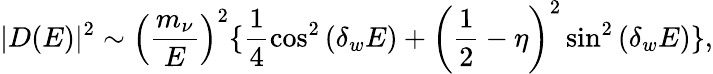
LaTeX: |D(E)|^{2}\sim\left(\frac{m_{\nu}}{E}\right)^{2}\{ \frac{1}{4}\cos^{2}\left(\delta_{w}E\right)+\left(\frac{1}{2}-\eta\right)^{2}\sin^{2}\left(\delta_{w}E\right)\} ,